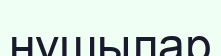
нушылар